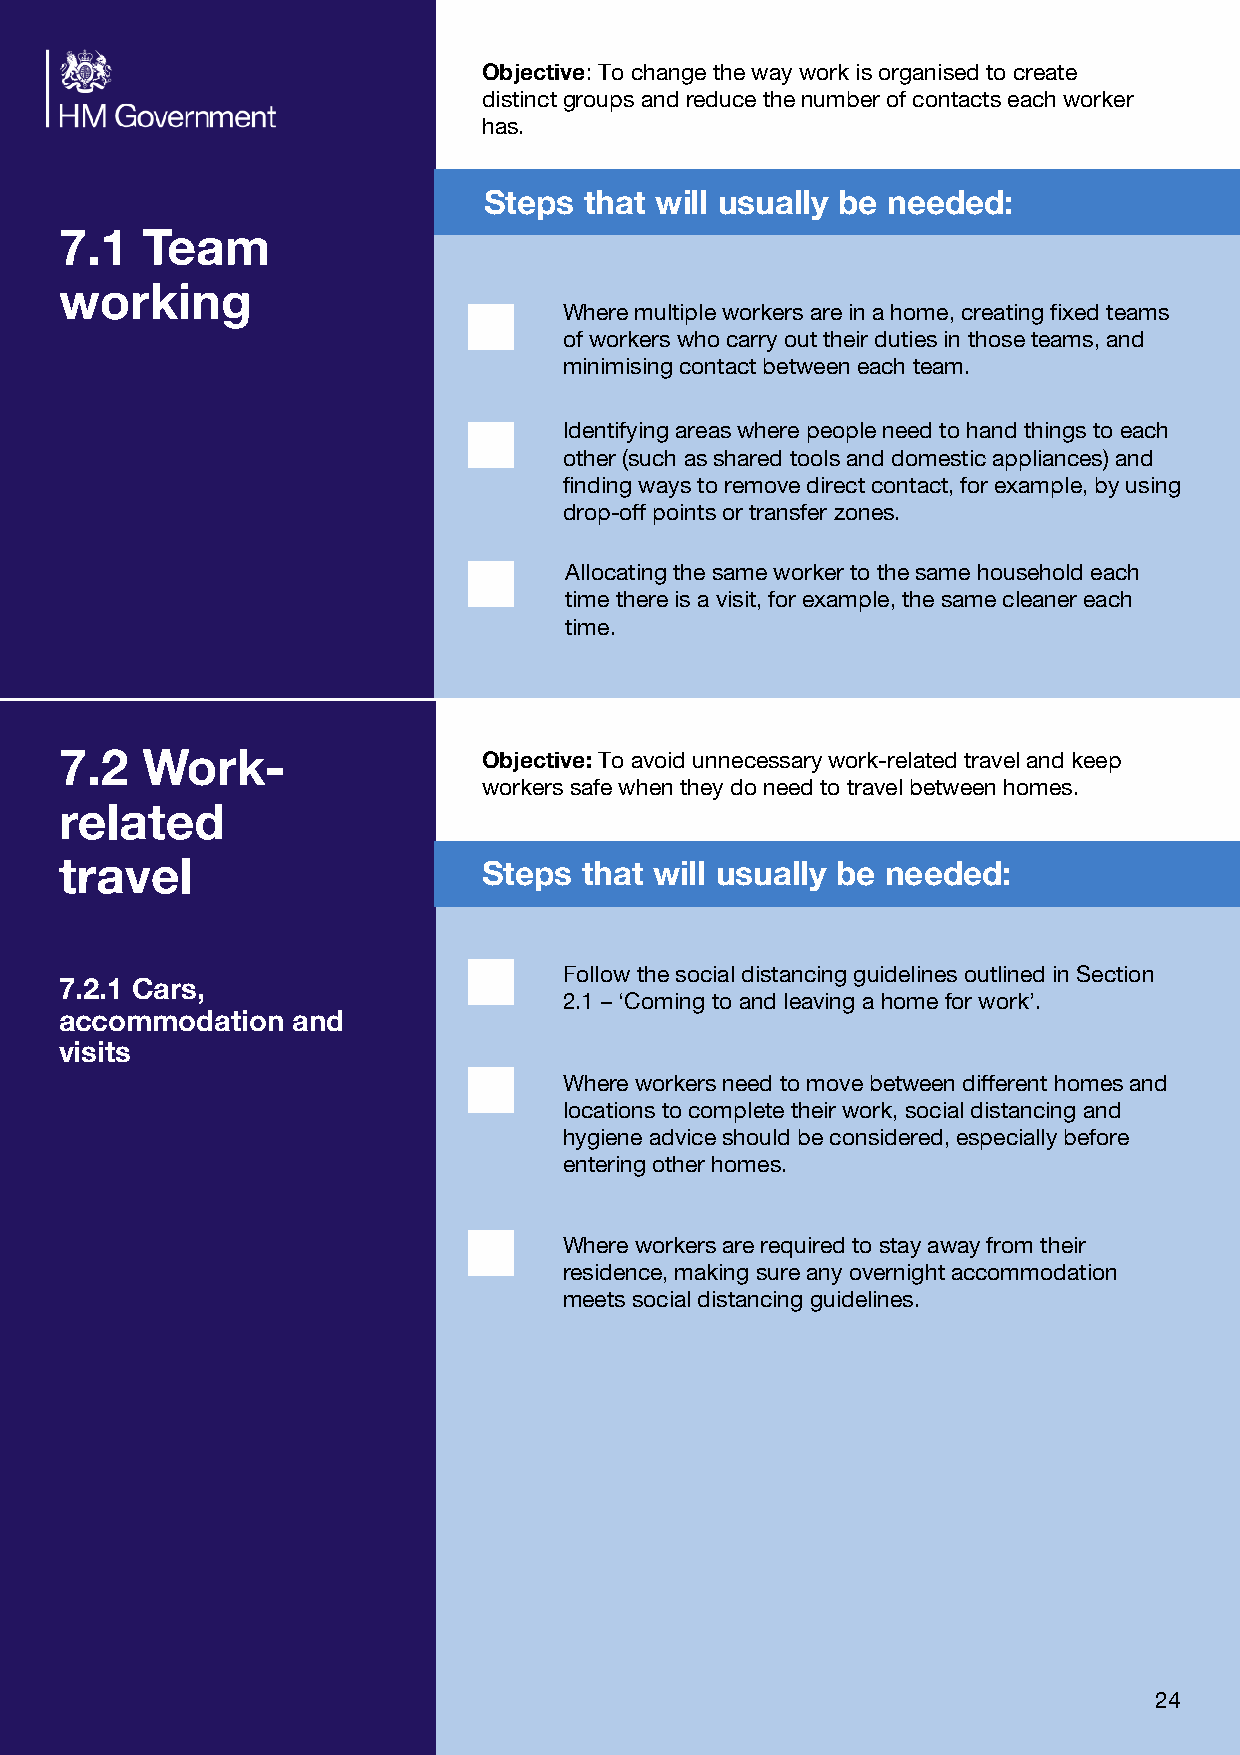
Objective: To change the way work is organised to create
 distinct groups and reduce the number of contacts each worker
 has.
 s    t  ill     lly e        :
 Step   tha w    usua   b   needed
 1       m
 7.   Tea
 g
 workin
 Where multiple workers are in a home, creating fixed teams
 of workers who carry out their duties in those teams, and
 minimising contact between each team.
 Identifying areas where people need to hand things to each
 other (such as shared tools and domestic appliances) and
 finding ways to remove direct contact, for example, by using
 drop-off points or transfer zones.
 Allocating the same worker to the same household each
 time there is a visit, for example, the same cleaner each
 time.
 7.2
 Work-
 Objective: To avoid unnecessary work-related travel and keep
 workers safe when they do need to travel between homes.
 d
 relate
 l                        s    t  ill    lly  e        :
 trave                       Step   tha w   usua    b   needed
 Follow the social distancing guidelines outlined in Section
 1
 7.2. Cars,
 2.1 – ‘Coming to and leaving a home for work’.
 n and
 accommodatio
 s
 visit
 Where workers need to move between different homes and
 locations to complete their work, social distancing and
 hygiene advice should be considered, especially before
 entering other homes.
 Where workers are required to stay away from their
 residence, making sure any overnight accommodation
 meets social distancing guidelines.
 24